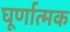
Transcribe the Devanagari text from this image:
घूर्णात्मक